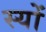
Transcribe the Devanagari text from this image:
स्यों